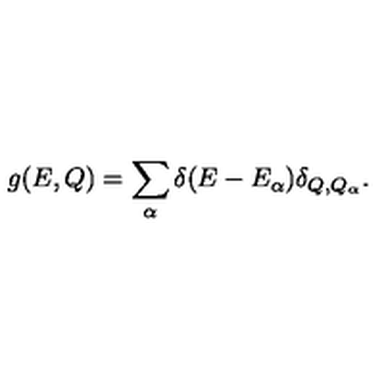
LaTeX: g ( E , Q ) = \sum _ { \alpha } \delta ( E - E _ { \alpha } ) \delta _ { Q , Q _ { \alpha } } .